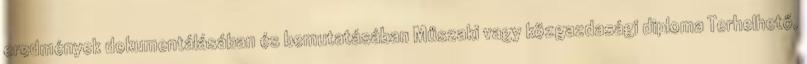
eredmények dokumentálásában és bemutatásában Műszaki vagy közgazdasági diploma Terhelhető,